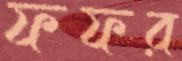
ফফর